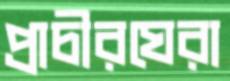
প্রাচীরঘেরা